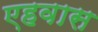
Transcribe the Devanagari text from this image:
एहवास